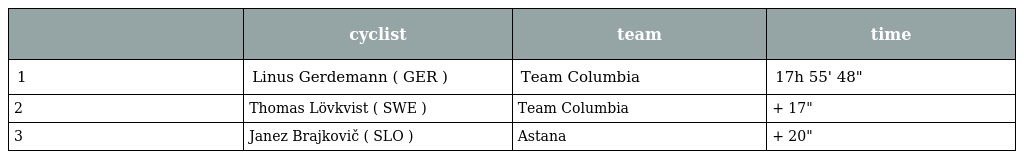
|  | cyclist | team | time |
 | --- | --- | --- | --- |
 | 1 | Linus Gerdemann ( GER ) | Team Columbia | 17h 55' 48" |
 | 2 | Thomas Lövkvist ( SWE ) | Team Columbia | + 17" |
 | 3 | Janez Brajkovič ( SLO ) | Astana | + 20" |